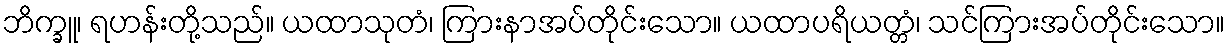
ဘိက္ခူ၊ ရဟန်းတို့သည်။ ယထာသုတံ၊ ကြားနာအပ်တိုင်းသော။ ယထာပရိယတ္တံ၊ သင်ကြားအပ်တိုင်းသော။